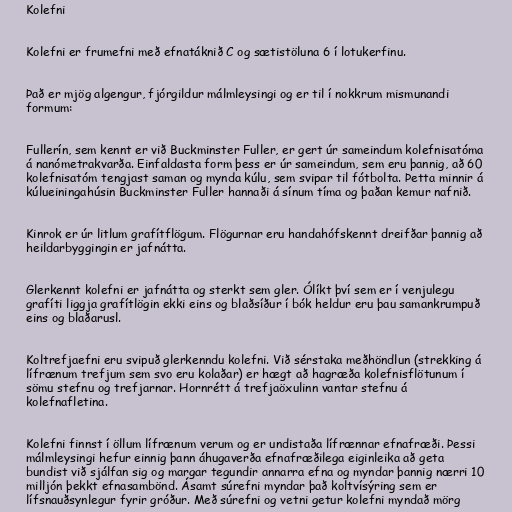
Kolefni

Kolefni er frumefni með efnatáknið C og sætistöluna 6 í lotukerfinu.

Það er mjög algengur, fjórgildur málmleysingi og er til í nokkrum mismunandi
formum:

Fullerín, sem kennt er við Buckminster Fuller, er gert úr sameindum kolefnisatóma
á nanómetrakvarða. Einfaldasta form þess er úr sameindum, sem eru þannig, að 60
kolefnisatóm tengjast saman og mynda kúlu, sem svipar til fótbolta. Þetta minnir á
kúlueiningahúsin Buckminster Fuller hannaði á sínum tíma og þaðan kemur nafnið.

Kinrok er úr litlum grafítflögum. Flögurnar eru handahófskennt dreifðar þannig að
heildarbyggingin er jafnátta.

Glerkennt kolefni er jafnátta og sterkt sem gler. Ólíkt því sem er í venjulegu
grafíti liggja grafítlögin ekki eins og blaðsíður í bók heldur eru þau samankrumpuð
eins og blaðarusl.

Koltrefjaefni eru svipuð glerkenndu kolefni. Við sérstaka meðhöndlun (strekking á
lífrænum trefjum sem svo eru kolaðar) er hægt að hagræða kolefnisflötunum í
sömu stefnu og trefjarnar. Hornrétt á trefjaöxulinn vantar stefnu á
kolefnafletina.

Kolefni finnst í öllum lífrænum verum og er undistaða lífrænnar efnafræði. Þessi
málmleysingi hefur einnig þann áhugaverða efnafræðilega eiginleika að geta
bundist við sjálfan sig og margar tegundir annarra efna og myndar þannig nærri 10
milljón þekkt efnasambönd. Ásamt súrefni myndar það koltvísýring sem er
lífsnauðsynlegur fyrir gróður. Með súrefni og vetni getur kolefni myndað mörg